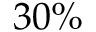
3 0 \%